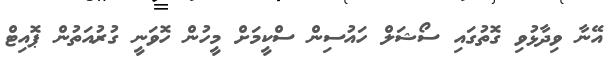
އޭނާ ވިދާޅުވި ގޮތުގައި ސޯޝަލް ހައުސިން ސްކީމަށް މީހުން ހޮވަނީ ގުރުއަތުން ޕޮއިޓް